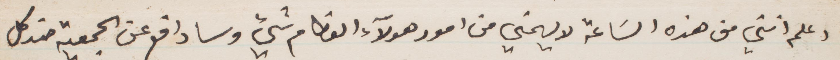
وعلم انني من هذه الساعة لا يهمني من أمور هؤلاء العظام شيء وسادافع عن الجمعية عند كل